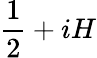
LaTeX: {\frac{1}{2}}+iH